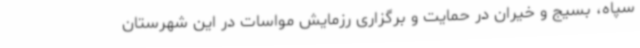
سپاه، بسیج و خیران در حمایت و برگزاری رزمایش مواسات در این شهرستان